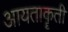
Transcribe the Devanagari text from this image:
आयताकॄती